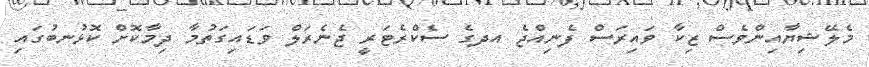
މެލޭޝިޔާއިންވެސް ޒިކާ ވައިރަސް ފެނިއްޖެ އދގެ ސެކްރެޓަރީ ޖެނެރަލް ވަޑައިގަތުމާ ދިމާކޮށް ކޮޅުނބުގައި